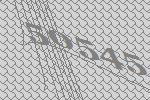
50545